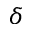
\delta